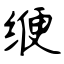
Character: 缏